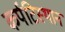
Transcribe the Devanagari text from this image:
कर्पटिस्थानं